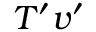
{ T } ^ { \prime } { v } ^ { \prime }